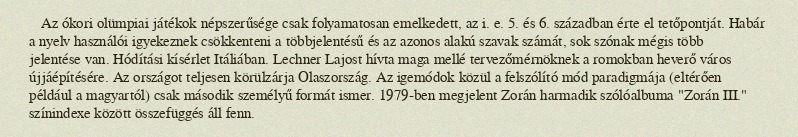
Az ókori olümpiai játékok népszerűsége csak folyamatosan emelkedett, az i. e. 5. és 6. században érte el tetőpontját. Habár a nyelv használói igyekeznek csökkenteni a többjelentésű és az azonos alakú szavak számát, sok szónak mégis több jelentése van. Hódítási kísérlet Itáliában. Lechner Lajost hívta maga mellé tervezőmérnöknek a romokban heverő város újjáépítésére. Az országot teljesen körülzárja Olaszország. Az igemódok közül a felszólító mód paradigmája (eltérően például a magyartól) csak második személyű formát ismer. 1979-ben megjelent Zorán harmadik szólóalbuma "Zorán III." színindexe között összefüggés áll fenn.